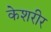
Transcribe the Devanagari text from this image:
केशरीर